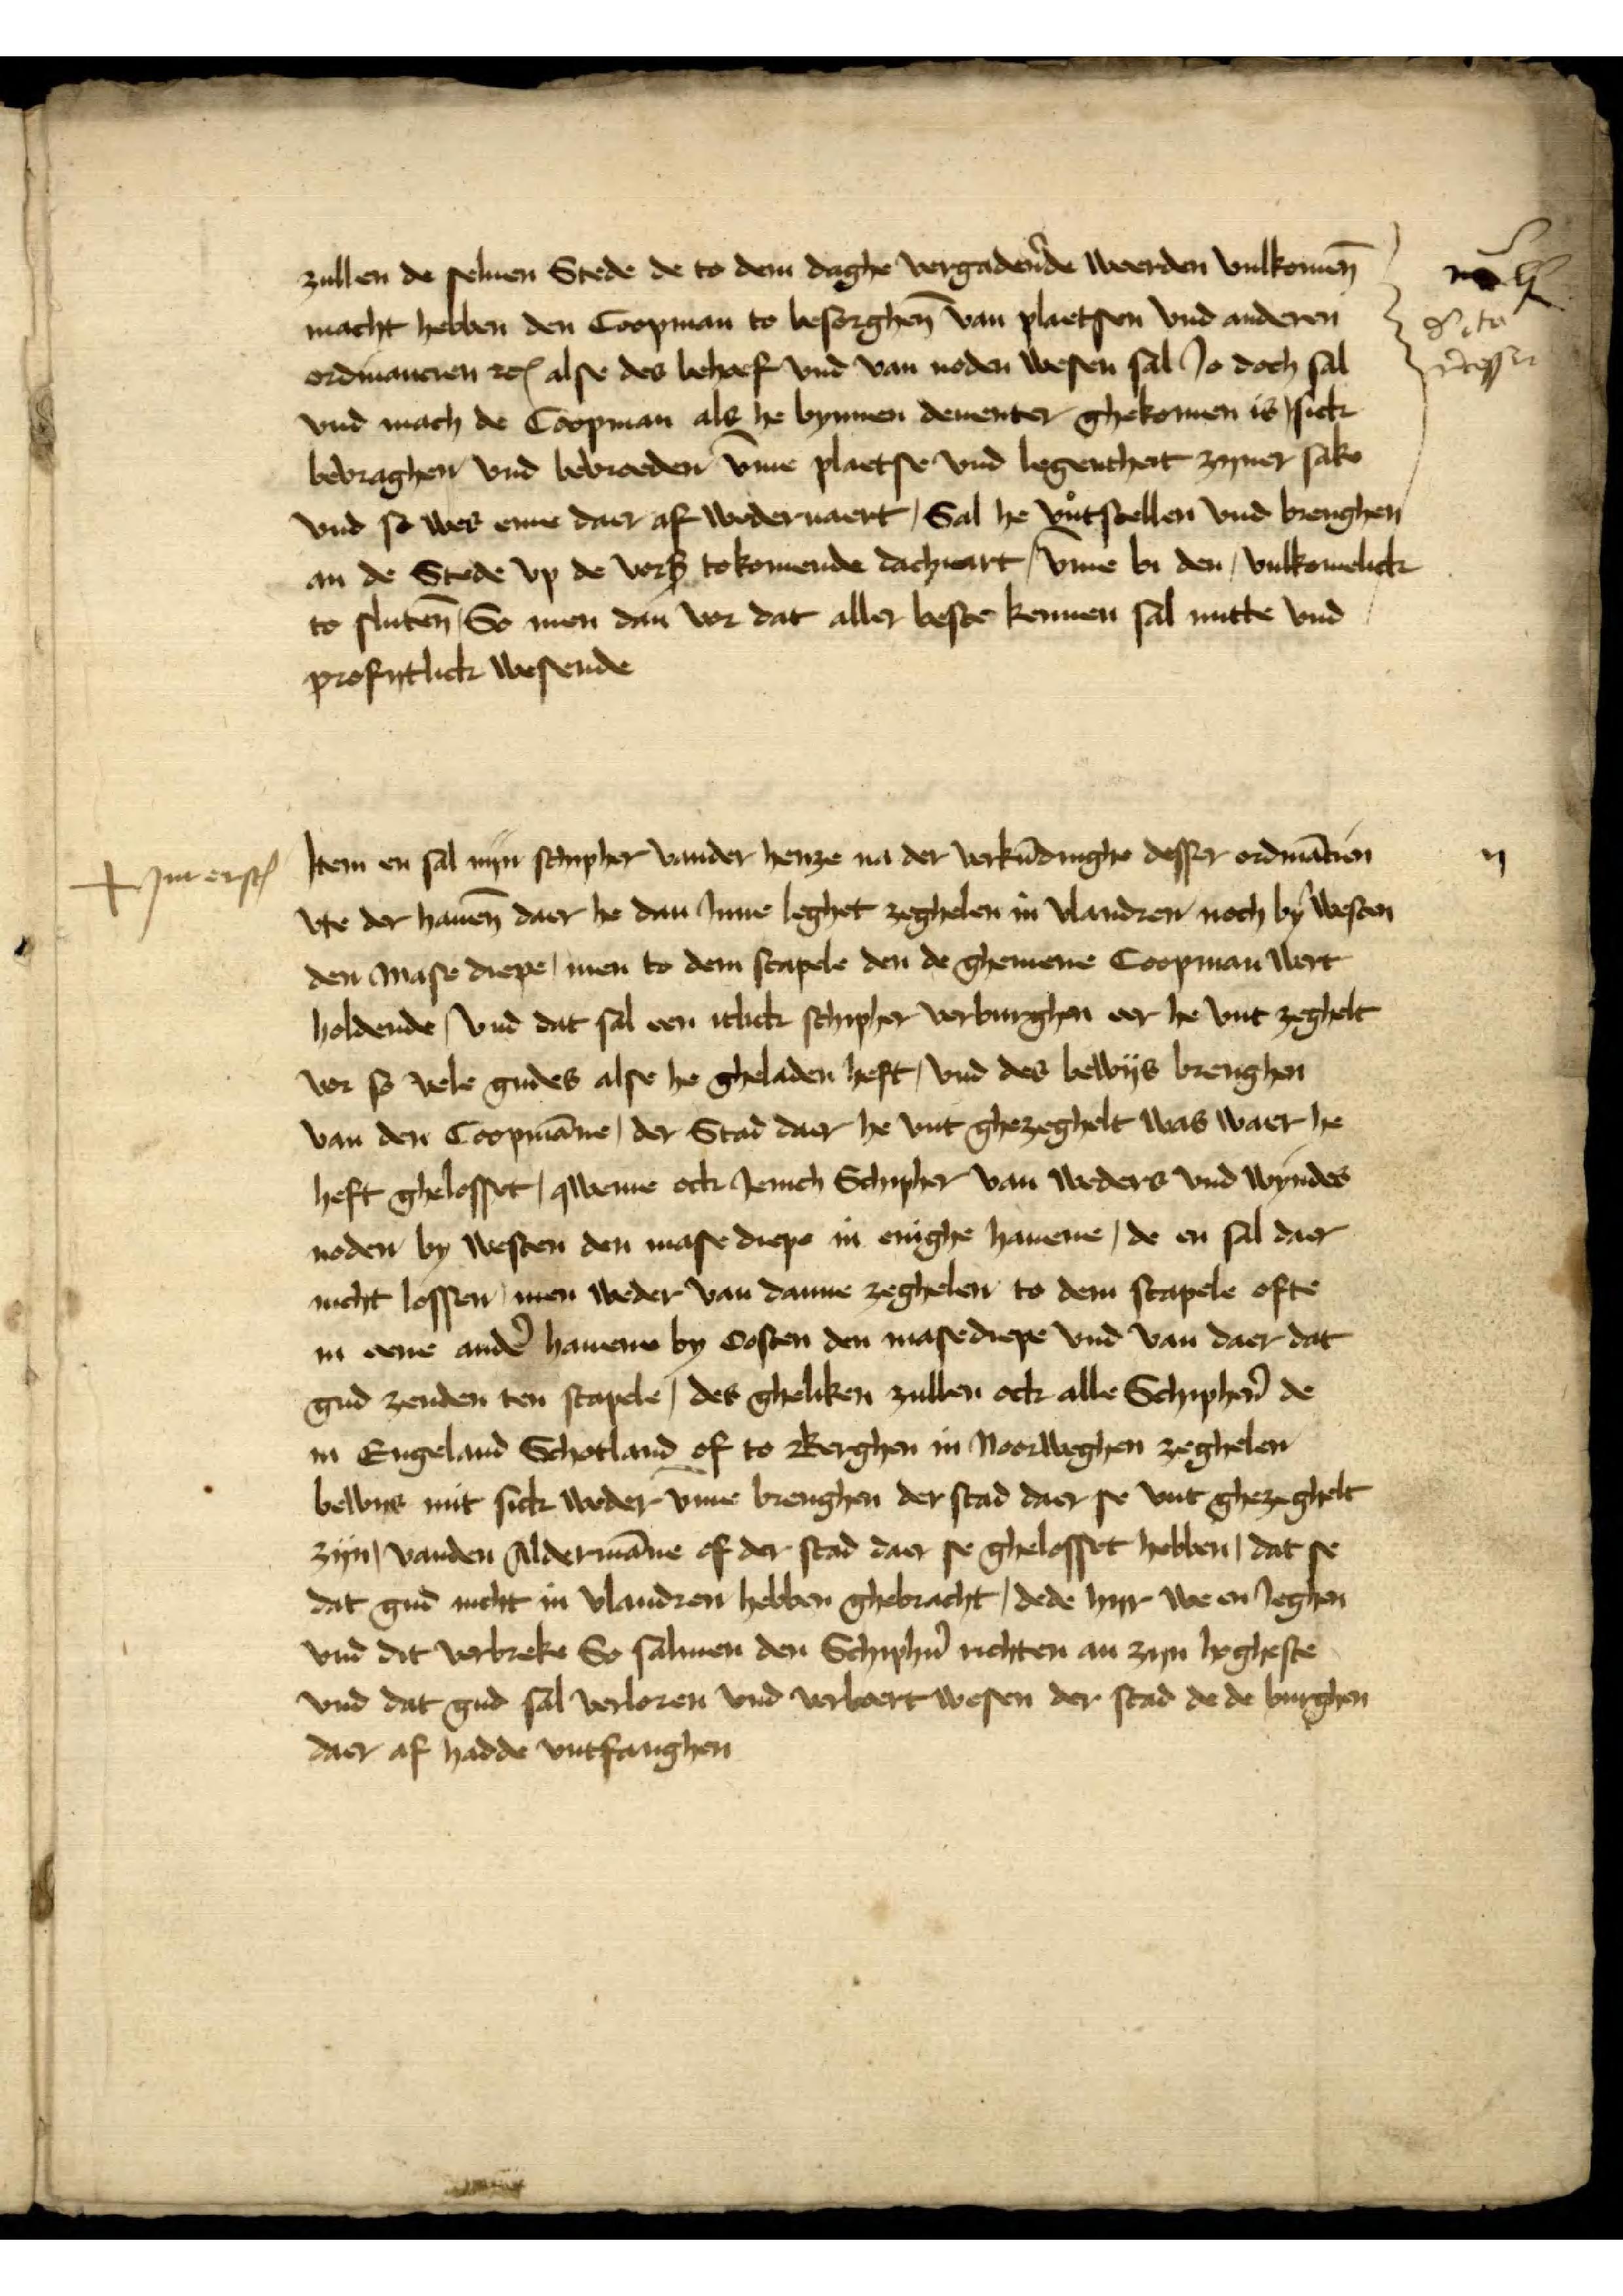
zullen de seluen Stede de to dem dage vergadderede weerden vulkomēn
macht hebben den Coopman to besorghēn van plaetsen vnd anderen
ordinancien etꝬ alse des behoef vnd van noden wesen sal Jo doch sal
vnd mach de Coopman als he bynnen Deuenter ghekomen is sick
bevraghen vnd behoeden v̄me plaetse vnd legenheit zyner sake
vnd so wes ene daer af wedderuaert, Sal he vntstollen vnd brenghen
an de Stede vp de vorß tokomende dachuart, vme bi den, vulkomelick
to sluten, So men dan vor dat aller beste kennen sal nutte vnd
profytlick wesende

No
d eta
r̉cesse

Jtem en sal nyn Schipher vander henze na der vorkūdinghe desser ordinācien
vte der hauen̄ daer he dan Jnne leghet zeghelen in Vlandren noch by westen
den Mase drepe, men to dem stapele den de ghemene Coopman wert
holdende, vnd dat sal een itlick schipher vorburghen eer he vnt zeghelt
vor so vele gudes alse he gheladen heft, vnd des bewys brengen
van den Coopmāne, der Stad daer he vnt ghezeghelt was waer he
hefft ghelesset, qweme ock Jenich Schipher van wedders vnd wyndes
noden by westen den mase drepe in enighe hauene, de en sal der
nicht lessen men wedder van danne zeghelen to dem stapele ofte
in ene andẻ hauene by Costen den masedrepe vnd van daer dat
gud zenden ten stapele, des gheliken zullen ock alle Schiphẻn de
in Engeland Schotland off to Berghen in Norweghen zeghelen
bewys mit sick wedder v̄me brenghen der stad daer se vnt gezeghelt
zyn, vanden Aldermāne of der stad daer se ghelosset hebben, dat se
dat gud nicht in Vlandren hebben gebracht, dede hyr wen Jeghen
vnd dit vorbreke So samen den Schip richten an zyn lyghestē
vnd dat gud sal verloren vnd verboert wesen der stad de de burgen
daer af hadde vntfanghen

Jnt erstꝬ